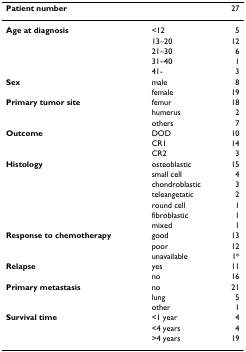
<table><thead><tr><td><b>Patient number</b></td><td></td><td><b>27</b></td></tr></thead><tbody><tr><td><b>Age at diagnosis</b></td><td>&lt;12</td><td>5</td></tr><tr><td></td><td>13–20</td><td>12</td></tr><tr><td></td><td>21–30</td><td>6</td></tr><tr><td></td><td>31–40</td><td>1</td></tr><tr><td></td><td>41-</td><td>3</td></tr><tr><td><b>Sex</b></td><td>male</td><td>8</td></tr><tr><td></td><td>female</td><td>19</td></tr><tr><td><b>Primary tumor site</b></td><td>femur</td><td>18</td></tr><tr><td></td><td>humerus</td><td>2</td></tr><tr><td></td><td>others</td><td>7</td></tr><tr><td><b>Outcome</b></td><td>DOD</td><td>10</td></tr><tr><td></td><td>CR1</td><td>14</td></tr><tr><td></td><td>CR2</td><td>3</td></tr><tr><td><b>Histology</b></td><td>osteoblastic</td><td>15</td></tr><tr><td></td><td>small cell</td><td>4</td></tr><tr><td></td><td>chondroblastic</td><td>3</td></tr><tr><td></td><td>teleangetatic</td><td>2</td></tr><tr><td></td><td>round cell</td><td>1</td></tr><tr><td></td><td>fibroblastic</td><td>1</td></tr><tr><td></td><td>mixed</td><td>1</td></tr><tr><td><b>Response to chemotherapy</b></td><td>good</td><td>13</td></tr><tr><td></td><td>poor</td><td>12</td></tr><tr><td></td><td>unavailable</td><td>1*</td></tr><tr><td><b>Relapse</b></td><td>yes</td><td>11</td></tr><tr><td></td><td>no</td><td>16</td></tr><tr><td><b>Primary metastasis</b></td><td>no</td><td>21</td></tr><tr><td></td><td>lung</td><td>5</td></tr><tr><td></td><td>other</td><td>1</td></tr><tr><td><b>Survival time</b></td><td>&lt;1 year</td><td>4</td></tr><tr><td></td><td>&lt;4 years</td><td>4</td></tr><tr><td></td><td>&gt;4 years</td><td>19</td></tr></tbody></table>